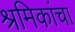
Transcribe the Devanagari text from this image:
श्रमिकांचा